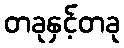
တခုနှင့်တခု